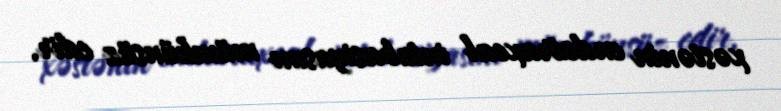
xəstənin endotraxeal intubasiyasını mümkünsüz edir.